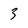
Character: 3